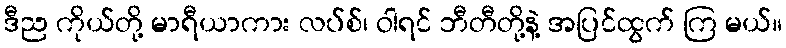
ဒီည ကိုယ်တို့ မာရီယာကား လပ်စ်၊ ဝါရင် ဘီတီတို့နဲ့ အပြင်ထွက် ကြ မယ်။